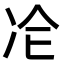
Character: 𠖸